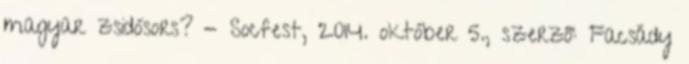
magyar zsidósors? - Socfest, 2014. október 5., szerző: Facsády